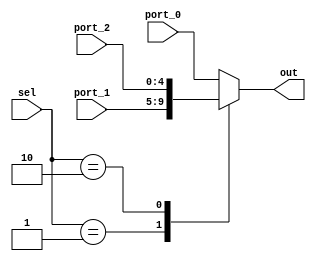
module mux5bit(
	input[1:0]  sel,
	input[4:0] port_0,
	input[4:0] port_1,
	input[4:0] port_2,
	output reg[4:0] out
);
always @(*) begin
	case(sel)
		2'b00: out = port_0;
		2'b01: out = port_1;
		2'b10: out = port_2;
		default: out = port_0;
	endcase
end
endmodule